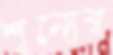
শূন্যের